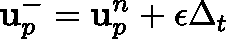
\mathbf { u } _ { p } ^ { - } = \mathbf { u } _ { p } ^ { n } + \mathbf { \epsilon } \Delta _ { t }